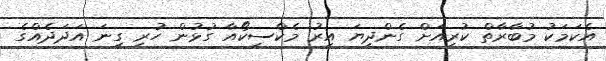
އެކަމަކު މުބާރާތް ކުރިއަށް ގެންދިޔަ އިރު މެކްސިކޯއާ ގުޅުން ހުރި ގިނަ އަދަދެއްގެ